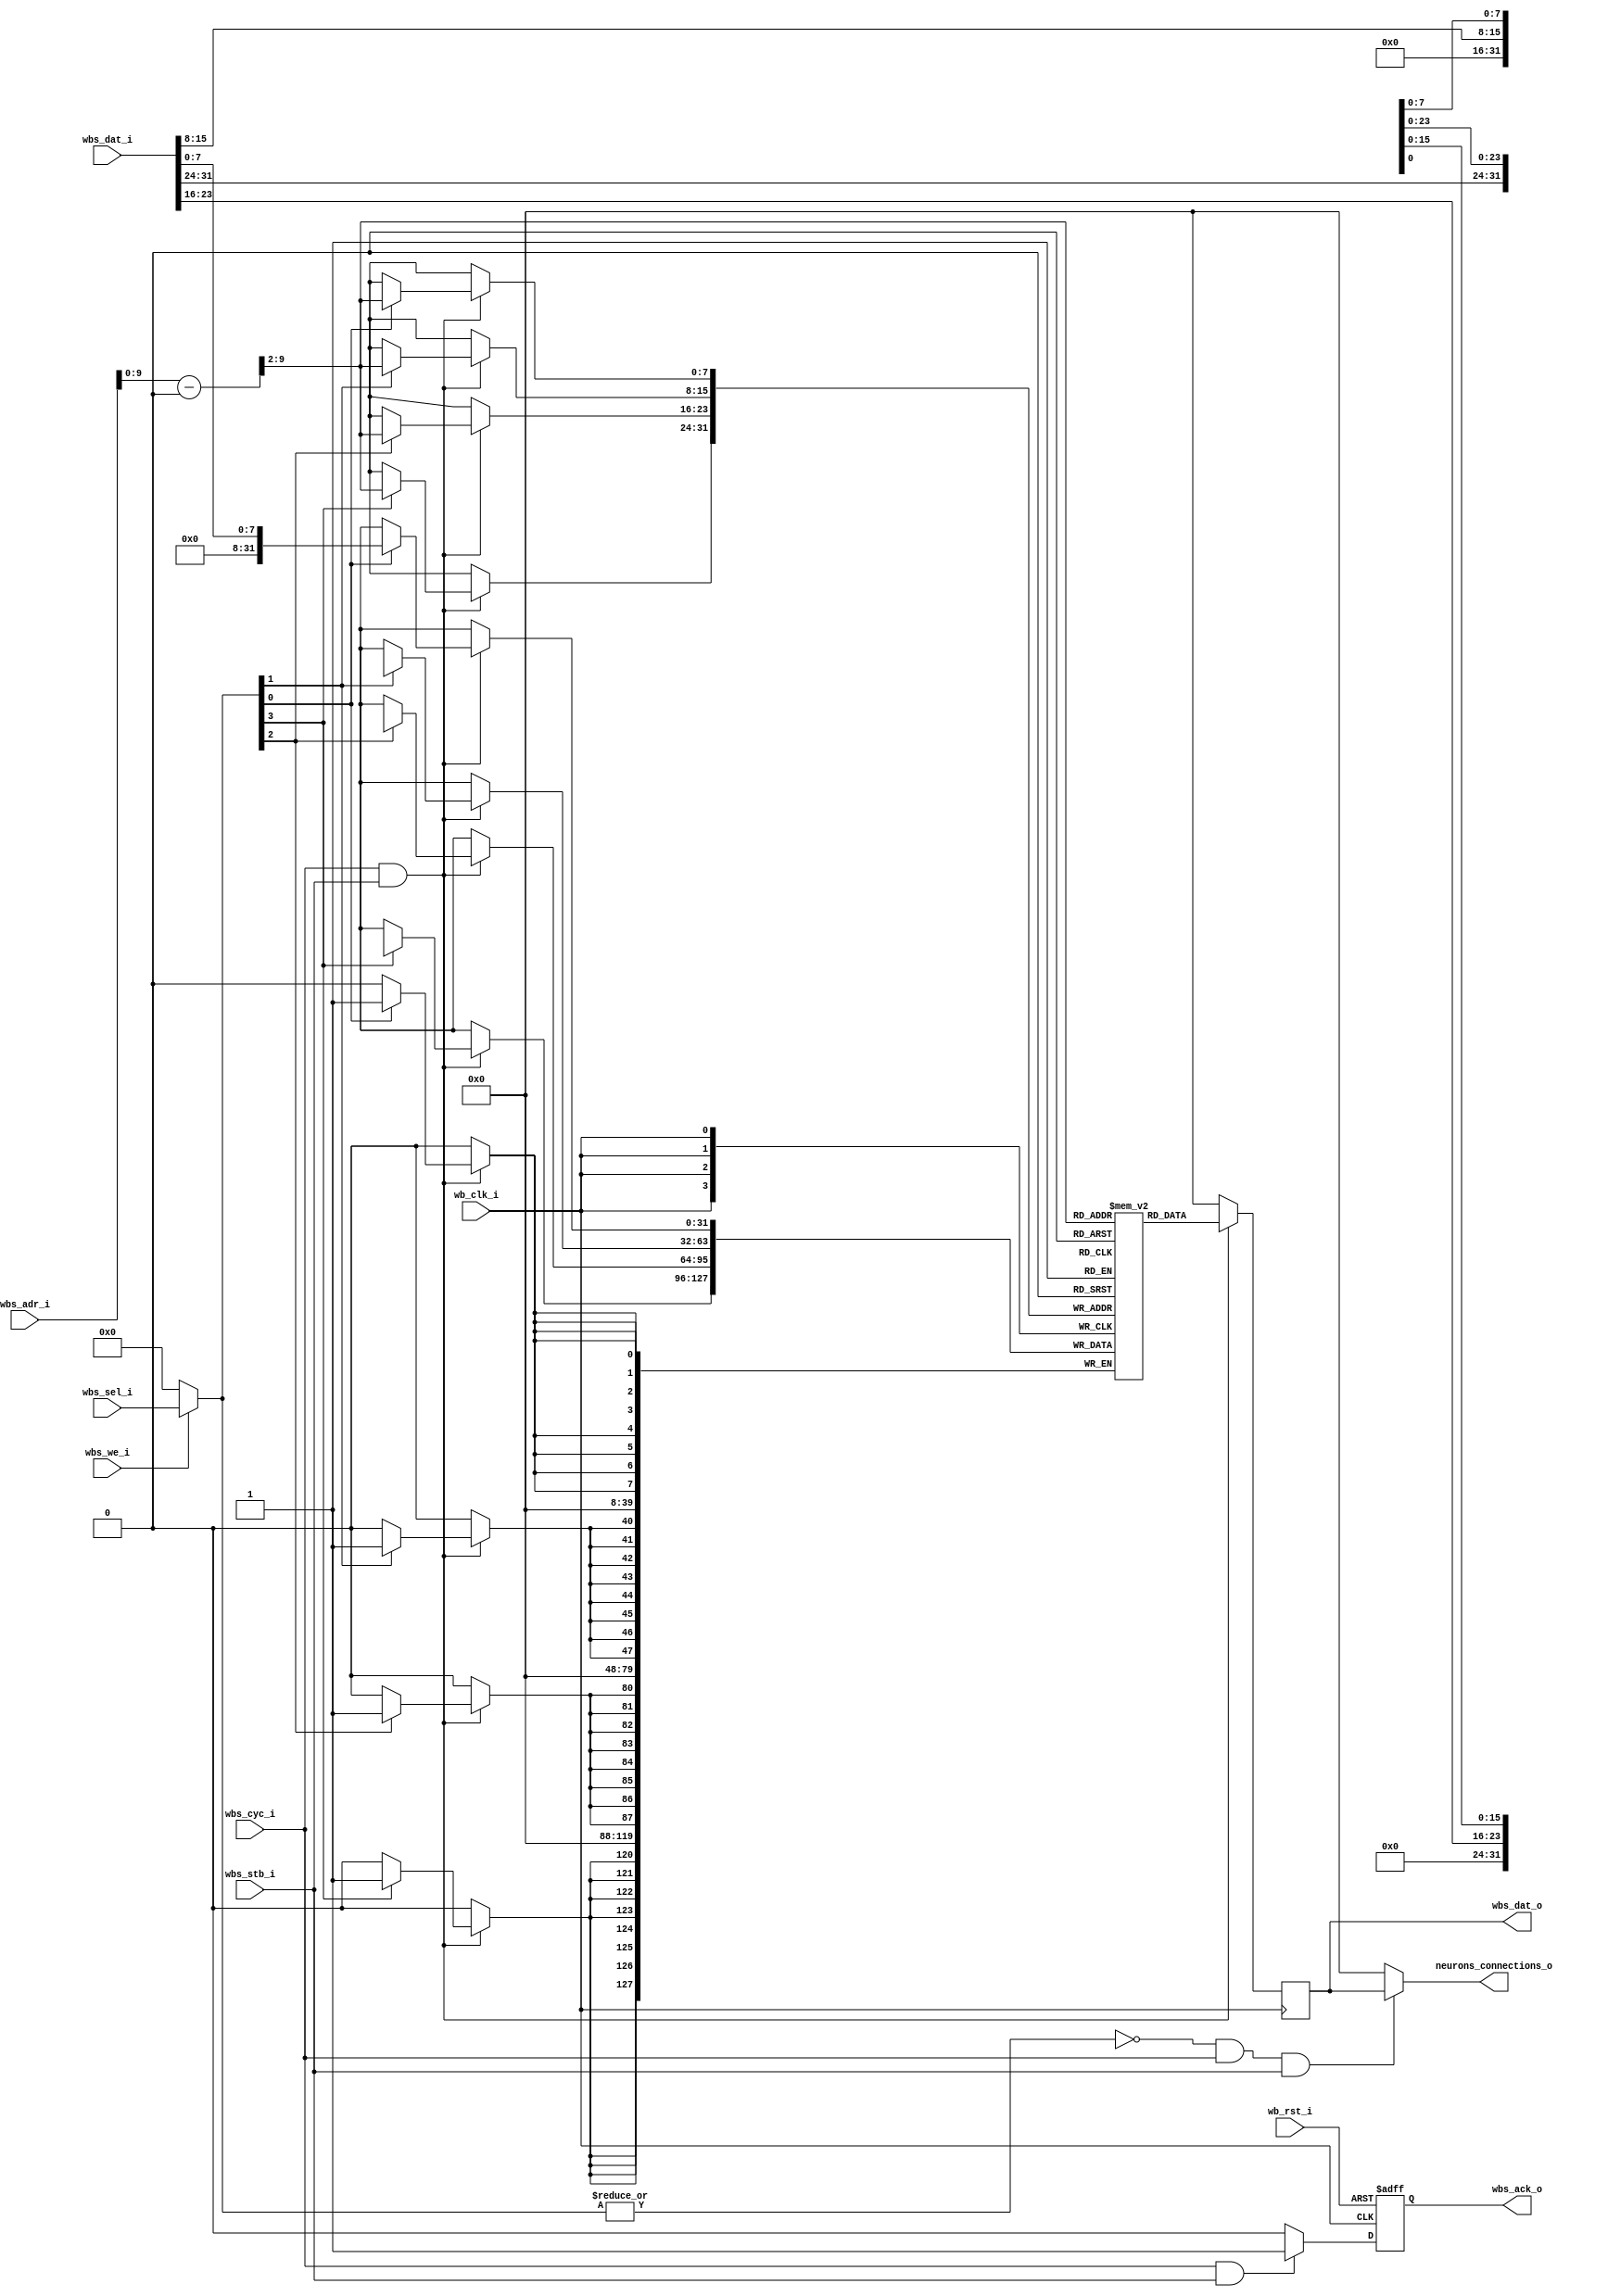
module synapse_matrix (
    // Wishbone slave interface
    input wb_clk_i,             // Clock
    input wb_rst_i,             // Reset
    input wbs_cyc_i,            // Indicates an active Wishbone cycle
    input wbs_stb_i,            // Active during a valid address phase
    input wbs_we_i,             // Determines read or write operation
    input [3:0] wbs_sel_i,      // Byte lanes selector (expected as 4'b1111)
    input [31:0] wbs_adr_i,     // Address input
    input [31:0] wbs_dat_i,     // Data input for writes
    output reg wbs_ack_o,       // Acknowledgment for data transfer
    output reg [31:0] wbs_dat_o, // Data output (not used in this module)

    // Synapse matrix specific output
    output [31:0] neurons_connections_o  // Represents connections of an axon with 32 neurons
);

parameter BASE_ADDR = 32'h30000000;
reg [31:0] RAM [255:0];         // SRAM storage for 32-bit word, total 256 words
wire [7:0] address;
assign address = (wbs_adr_i - BASE_ADDR) >> 2;

wire [3:0] we0;
assign we0 = wbs_we_i?wbs_sel_i:4'd0;

always @(posedge wb_clk_i)
    if(wbs_cyc_i & wbs_stb_i) begin
        wbs_dat_o<= RAM[address];
        if(we0[0]) RAM[address][7:0] <= wbs_dat_i[7:0];
        if(we0[1]) RAM[address][15:8] <= wbs_dat_i[15:8];
        if(we0[2]) RAM[address][23:16] <= wbs_dat_i[23:16];
        if(we0[3]) RAM[address][31:24] <= wbs_dat_i[31:24];
    end
    else
        wbs_dat_o <= 32'b0;
            
always @(negedge wb_clk_i or posedge wb_rst_i) begin
    if(wb_rst_i) begin
        wbs_ack_o <= 1'b0;
    end else begin
        if (wbs_cyc_i && wbs_stb_i) begin
            wbs_ack_o <= 1'b1;
        end
        else
            wbs_ack_o <= 1'b0;
    end
end
// Generating the connections based on the input address during read operations
// Outputs all zeros when there's a write operation or an invalid Wishbone transaction
assign neurons_connections_o = ((!(|we0)) && wbs_cyc_i && wbs_stb_i) ? 
            wbs_dat_o : 32'b0;  // Simplified connection generation for 32 neurons


endmodule